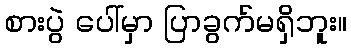
စားပွဲ ပေါ်မှာ ပြာခွက်မရှိဘူး။